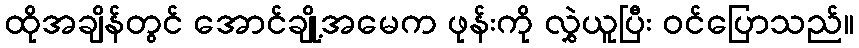
ထိုအချိန်တွင် အောင်ချို့အမေက ဖုန်းကို လွှဲယူပြီး ဝင်ပြောသည်။